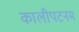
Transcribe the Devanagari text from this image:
कालीपटनम